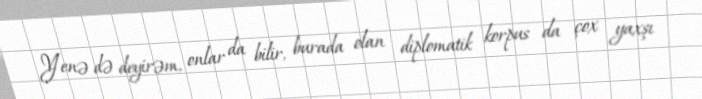
Yenə də deyirəm, onlar da bilir, burada olan diplomatik korpus da çox yaxşı